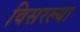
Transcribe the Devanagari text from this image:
विसरल्या